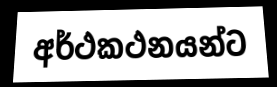
අර්ථකථනයන්ට